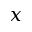
x